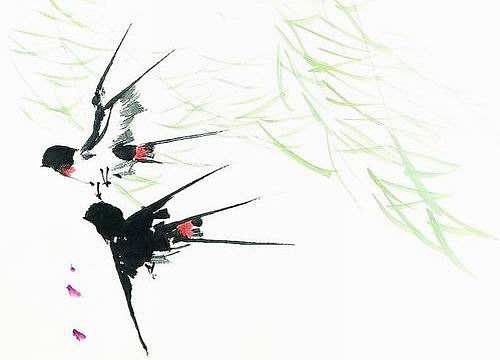
泥融飞燕子，沙暖睡鸳鸯。